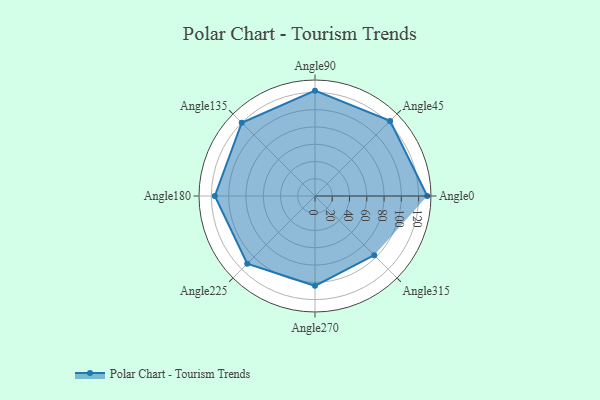
{"axis": {"x": "Angle", "y": "Radius"}, "legend": [""], "data": [{"x": "Angle0", "y": 130.0, "type": ""}, {"x": "Angle45", "y": 123.0, "type": ""}, {"x": "Angle90", "y": 122.0, "type": ""}, {"x": "Angle135", "y": 120.0, "type": ""}, {"x": "Angle180", "y": 116.0, "type": ""}, {"x": "Angle225", "y": 111.0, "type": ""}, {"x": "Angle270", "y": 104.0, "type": ""}, {"x": "Angle315", "y": 97.0, "type": ""}]}